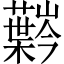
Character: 𫊍